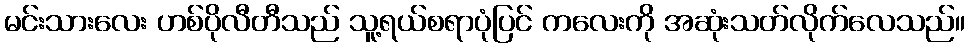
မင်းသားလေး ဟစ်ပိုလီတီသည် သူ့ရယ်စရာပုံပြင် ကလေးကို အဆုံးသတ်လိုက်လေသည်။